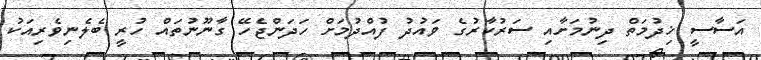
އަސާސީ ޚިދުމަތް ދިނުމަށާއި ސަރުކާރުގެ ވައުދު ފުއްދުމަށް ހަދަންޖެހޭ ގާނޫނުތައް ހުރީ ބެލެނިވެރިއަކު